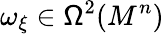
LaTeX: \omega_{\xi}\in\mathsf{\Omega}^{2}(M^{n})